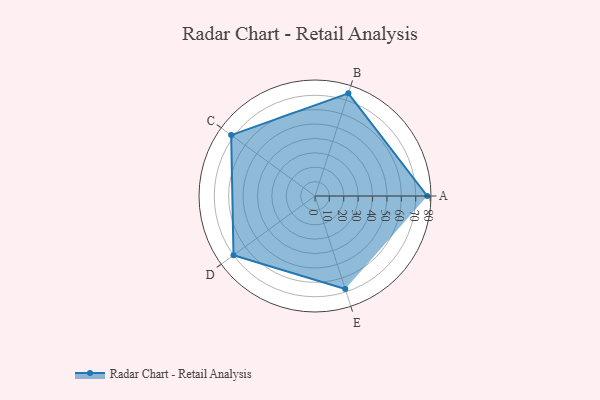
{"axis": {"x": "Skill", "y": "Score"}, "legend": ["Profile"], "data": [{"x": "A", "y": 78.0, "type": "Profile"}, {"x": "B", "y": 75.0, "type": "Profile"}, {"x": "C", "y": 72.0, "type": "Profile"}, {"x": "D", "y": 70.0, "type": "Profile"}, {"x": "E", "y": 68.0, "type": "Profile"}]}